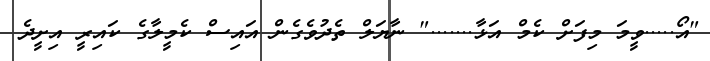
"އޯ.....ވީމަ މިފަށް ކެމް އަޅާ......." ނާޔަލް ތެދުވެގެން އައިސް ކެމީލާގެ ކައިރީ އިށީދެ